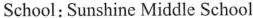
School: Sunshine Middle School